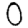
Digit: 0